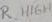
Text: R_HIGH